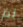
لم